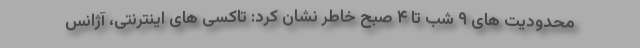
محدودیت های ۹ شب تا ۴ صبح خاطر نشان کرد: تاکسی های اینترنتی، آژانس